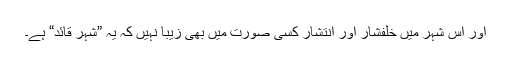
اور اس شہر میں خلفشار اور انتشار کسی صورت میں بھی زیبا نہیں کہ یہ ”شہر قائد“ ہے۔